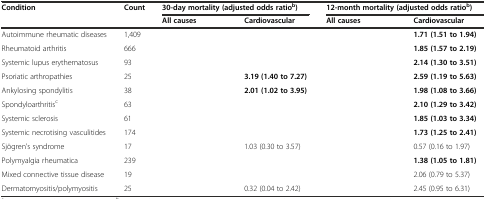
<table><thead><tr><td rowspan="2"><b>Condition</b></td><td rowspan="2"><b>Count</b></td><td colspan="2"><b>30-day mortality (adjusted odds ratio<sup>b</sup>)</b></td><td colspan="2"><b>12-month mortality (adjusted odds ratio<sup>b</sup>)</b></td></tr><tr><td><b>All causes</b></td><td><b>Cardiovascular</b></td><td><b>All causes</b></td><td><b>Cardiovascular</b></td></tr></thead><tbody><tr><td>Autoimmune rheumatic diseases</td><td>1,409</td><td>[EMPTY_CELL]</td><td>[EMPTY_CELL]</td><td>[EMPTY_CELL]</td><td><b>1.71 (1.51 to 1.94)</b></td></tr><tr><td>Rheumatoid arthritis</td><td>666</td><td>[EMPTY_CELL]</td><td>[EMPTY_CELL]</td><td>[EMPTY_CELL]</td><td><b>1.85 (1.57 to 2.19)</b></td></tr><tr><td>Systemic lupus erythematosus</td><td>93</td><td>[EMPTY_CELL]</td><td>[EMPTY_CELL]</td><td>[EMPTY_CELL]</td><td><b>2.14 (1.30 to 3.51)</b></td></tr><tr><td>Psoriatic arthropathies</td><td>25</td><td>[EMPTY_CELL]</td><td><b>3.19 (1.40 to 7.27)</b></td><td>[EMPTY_CELL]</td><td><b>2.59 (1.19 to 5.63)</b></td></tr><tr><td>Ankylosing spondylitis</td><td>38</td><td>[EMPTY_CELL]</td><td><b>2.01 (1.02 to 3.95)</b></td><td>[EMPTY_CELL]</td><td><b>1.98 (1.08 to 3.66)</b></td></tr><tr><td>Spondyloarthritis<sup>c</sup></td><td>63</td><td>[EMPTY_CELL]</td><td>[EMPTY_CELL]</td><td>[EMPTY_CELL]</td><td><b>2.10 (1.29 to 3.42)</b></td></tr><tr><td>Systemic sclerosis</td><td>61</td><td>[EMPTY_CELL]</td><td>[EMPTY_CELL]</td><td>[EMPTY_CELL]</td><td><b>1.85 (1.03 to 3.34)</b></td></tr><tr><td>Systemic necrotising vasculitides</td><td>174</td><td>[EMPTY_CELL]</td><td>[EMPTY_CELL]</td><td>[EMPTY_CELL]</td><td><b>1.73 (1.25 to 2.41)</b></td></tr><tr><td>Sjögren’s syndrome</td><td>17</td><td>[EMPTY_CELL]</td><td>1.03 (0.30 to 3.57)</td><td>[EMPTY_CELL]</td><td>0.57 (0.16 to 1.97)</td></tr><tr><td>Polymyalgia rheumatica</td><td>239</td><td>[EMPTY_CELL]</td><td>[EMPTY_CELL]</td><td>[EMPTY_CELL]</td><td><b>1.38 (1.05 to 1.81)</b></td></tr><tr><td>Mixed connective tissue disease</td><td>19</td><td>[EMPTY_CELL]</td><td>[EMPTY_CELL]</td><td>[EMPTY_CELL]</td><td>2.06 (0.79 to 5.37)</td></tr><tr><td>Dermatomyositis/polymyositis</td><td>25</td><td>[EMPTY_CELL]</td><td>0.32 (0.04 to 2.42)</td><td>[EMPTY_CELL]</td><td>2.45 (0.95 to 6.31)</td></tr></tbody></table>